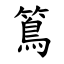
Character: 䉆